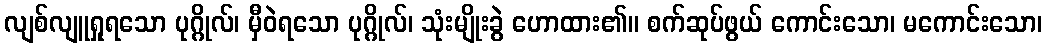
လျစ်လျူရှုရသော ပုဂ္ဂိုလ်၊ မှီဝဲရသော ပုဂ္ဂိုလ်၊ သုံးမျိုးခွဲ ဟောထား၏။ စက်ဆုပ်ဖွယ် ကောင်းသော၊ မကောင်းသော၊